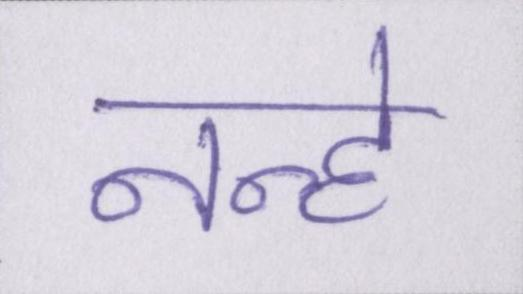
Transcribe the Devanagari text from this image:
नन्हे